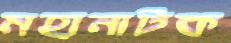
মহানাটক